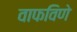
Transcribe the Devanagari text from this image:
वाफविणे